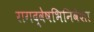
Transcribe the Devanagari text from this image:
रागद्वेषभिनिवेशा